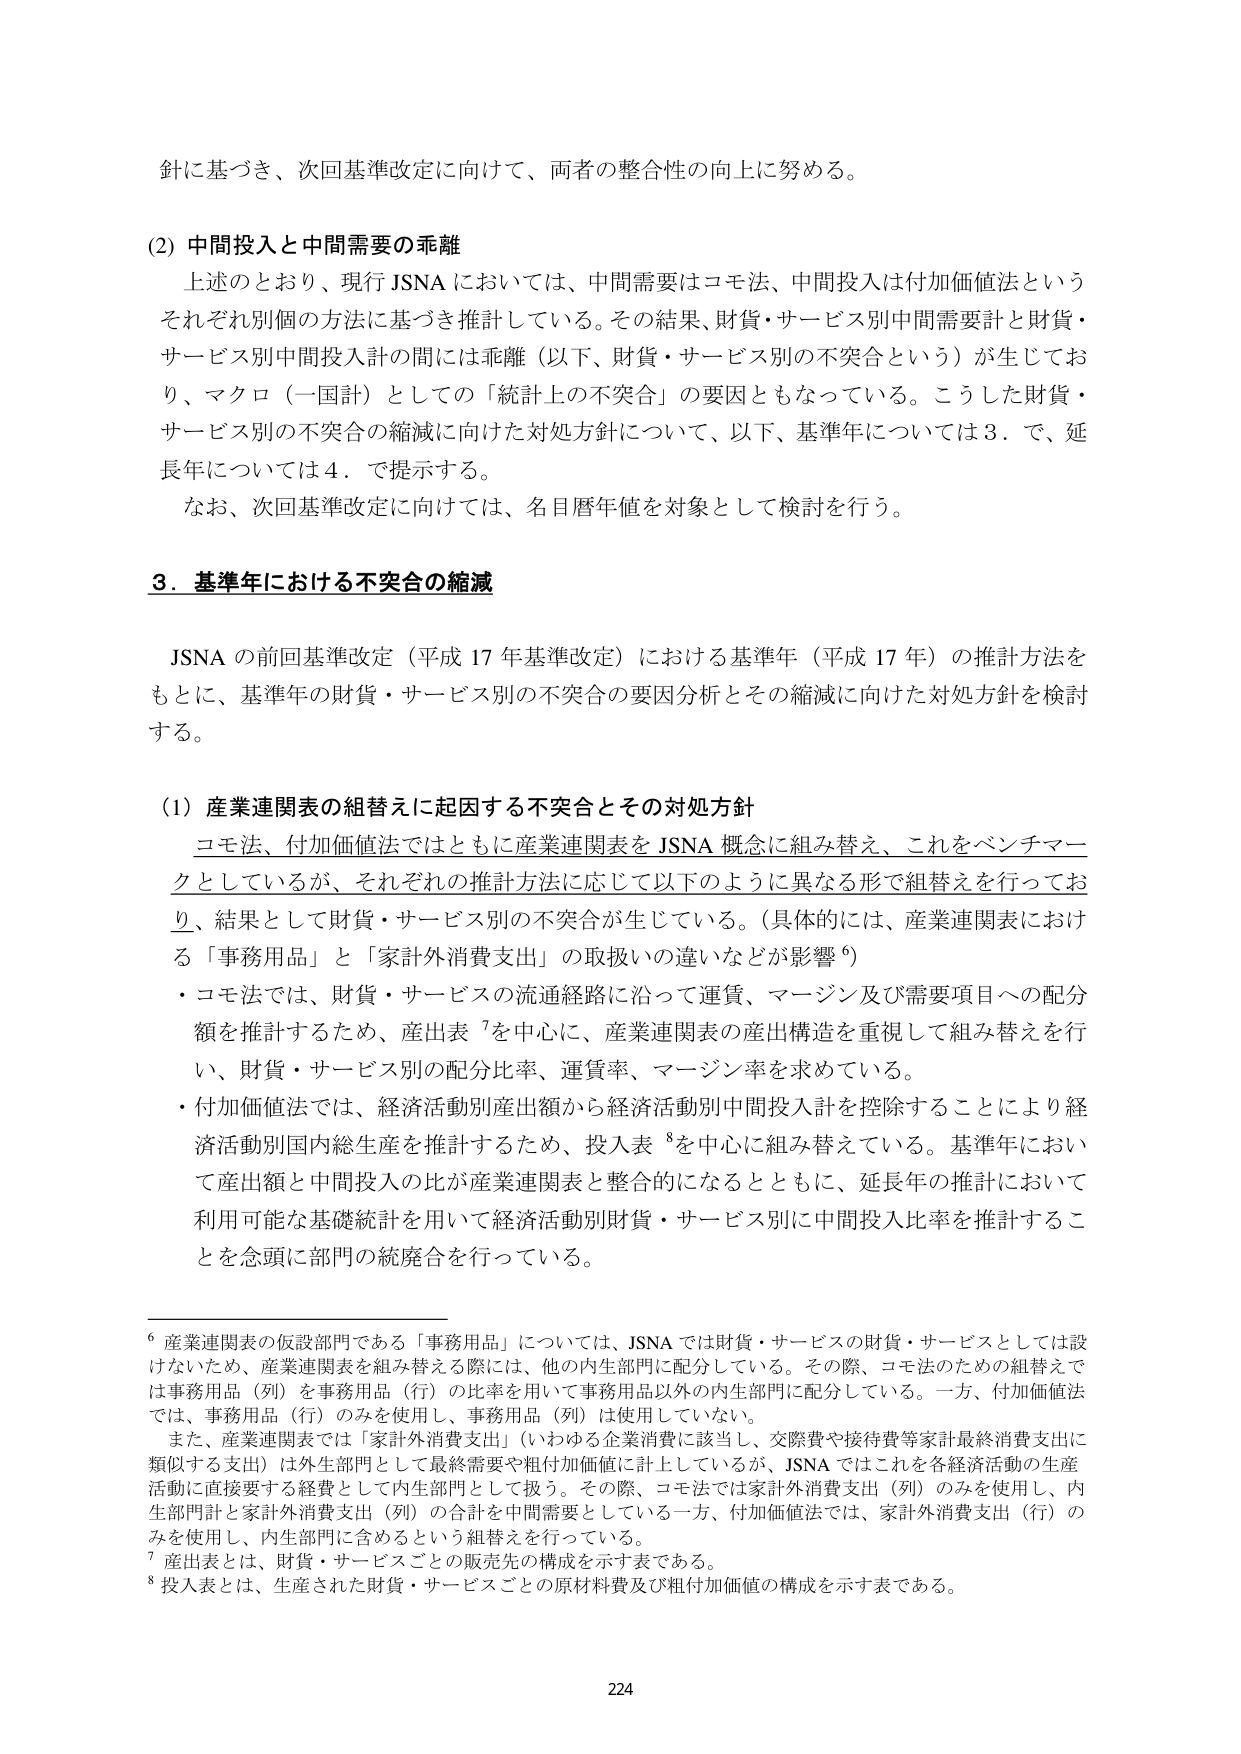
針に基づき、次回基準改定に向けて、両者の整合性の向上に努める。

(2) 中間投入と中間需要の乖離
上述のとおり、現行 JSNA においては、中間需要はコモ法、中間投入は付加価値法というそれぞれ別個の方法に基づき推計している。その結果、財貨・サービス別中間需要計と財貨・サービス別中間投入計の間には乖離（以下、財貨・サービス別の不突合という）が生じており、マクロ（一国計）としての「統計上の不突合」の要因ともなっている。こうした財貨・サービス別の不突合の縮減に向けた対処方針について、以下、基準年については 3．で、延長年については 4．で提示する。
なお、次回基準改定に向けては、名目暦年値を対象として検討を行う。

3．基準年における不突合の縮減
JSNA の前回基準改定（平成 17 年基準改定）における基準年（平成 17 年）の推計方法をもとに、基準年の財貨・サービス別の不突合の要因分析とその縮減に向けた対処方針を検討する。

(1) 産業連関表の組替えに起因する不突合とその対処方針
コモ法、付加価値法ではともに産業連関表を JSNA 概念に組み替え、これをベンチマークとしているが、それぞれの推計方法に応じて以下のように異なる形で組替えを行っており、結果として財貨・サービス別の不突合が生じている。（具体的には、産業連関表における「事務用品」と「家計外消費支出」の取扱いの違いなどが影響 6）
・コモ法では、財貨・サービスの流通経路に沿って運賃、マージン及び需要項目への配分額を推計するため、産出表 7を中心に、産業連関表の産出構造を重視して組み替えを行い、財貨・サービス別の配分比率、運賃率、マージン率を求めている。
・付加価値法では、経済活動別産出額から経済活動別中間投入額を控除することにより経済活動別国内総生産を推計するため、投入表 8を中心に組み替えている。基準年において産出額と中間投入の比が産業連関表と整合的になるとともに、延長年の推計において利用可能な基礎統計を用いて経済活動別財貨・サービス別に中間投入比率を推計することを念頭に部門の統廃合を行っている。

6 産業連関表の仮設部門である「事務用品」については、JSNA では財貨・サービスの財貨・サービスとしては設けないため、産業連関表を組み替える際には、他の内生部門に配分している。その際、コモ法のための組替えでは事務用品（列）を事務用品（行）の比率を用いて事務用品以外の内生部門に配分している。一方、付加価値法では、事務用品（行）のみを使用し、事務用品（列）は使用していない。
また、産業連関表では「家計外消費支出」（いわゆる企業消費に該当し、交際費や接待費等家計最終消費支出に類似する支出）は外生部門として最終需要や粗付加価値に計上しているが、JSNA ではこれを各経済活動の生産活動に直接要する経費として内生部門として扱う。その際、コモ法では家計外消費支出（列）のみを使用し、内生部門計と家計外消費支出（列）の合計を中間需要としている一方、付加価値法では、家計外消費支出（行）のみを使用し、内生部門に含めるという組替えを行っている。
7 産出表とは、財貨・サービスごとの販売先の構成を示す表である。
8 投入表とは、生産された財貨・サービスごとの原材料費及び粗付加価値の構成を示す表である。

224